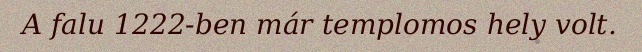
A falu 1222-ben már templomos hely volt.